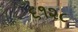
૬૧૨૮